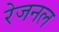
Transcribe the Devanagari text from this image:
रेजनल